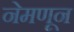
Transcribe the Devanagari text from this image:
नेमणून